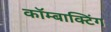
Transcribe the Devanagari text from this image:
कॉम्बाक्टिंग